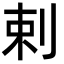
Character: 剌